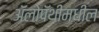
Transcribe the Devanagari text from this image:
ॲलोपॅथीमधील